Lunatic asylums Madras 1892-1911 - 1892-1911
Year: 1892
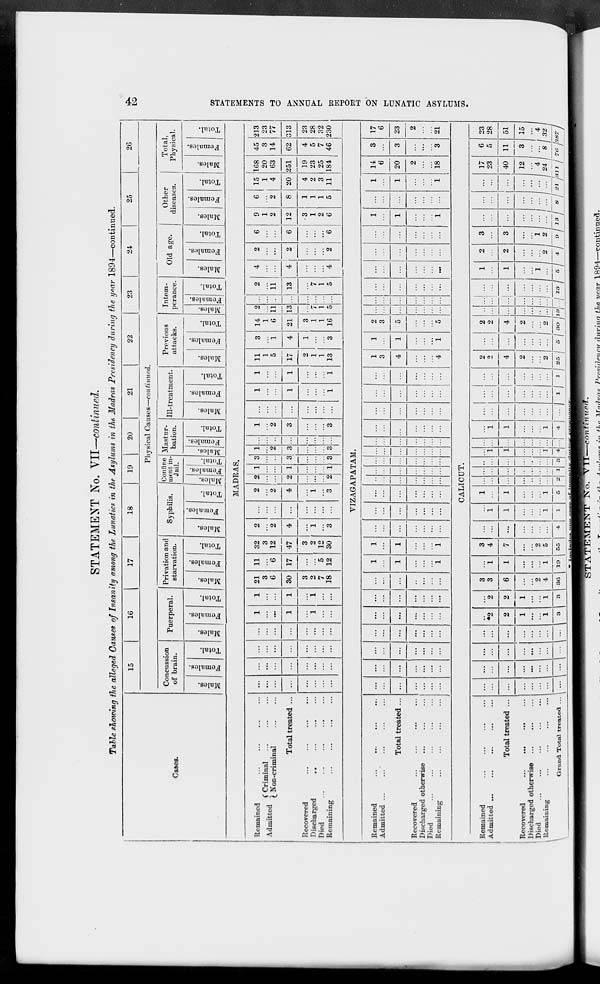
42
STATEMENTS TO ANNUAL REPORT ON LUNATIC ASYLUMS.
STATEMENT No. VII—continued.
Table showing the alleged Causes of Insanity among the Lunatics in the Asylums in the Madras Presidency during the year 1894—continued.
Cases.
15
16
17
18
19
20
21
22
23
24
25
26
Physical Causes—continued.
Concussion
of brain.
Males.
Females.
Total.
Puerperal.
Males.
Females.
Total.
Privation and
starvation.
Males.
Females.
Total.
Syphilis.
Males.
Females.
Total.
Confine
ment in-
Jail.
Males.
Females.
Total.
Mastur-
bation.
Males.
Females.
Total.
III-treatment.
Males.
Females.
Total.
Previous
attacks.
Males.
Females.
Total.
Intem-
perance.
Males.
Females.
Total.
Old age.
Males.
Females.
Total.
Other
diseases.
Males.
Females.
Total.
Total,
Physical.
Males.
Females.
Total.
MADRAS.
Remained ... ... ... ...
Admitted
Criminal ... ... ...
Non-criminal ... ...
Total treated ...
Recovered ... ... ... ...
Discharged ... ... ... ...
Died
...
...
...
...
...
Remaining ... ... ... ...
...
...
...
...
...
...
...
...
...
...
...
...
...
...
...
...
...
...
...
...
...
...
...
...
...
...
...
...
...
...
...
...
1
...
...
1
...
1
...
...
1
...
...
1
...
1
...
...
21
3
6
30
3
2
7
18
11
...
6
17
...
...
5
12
32
3
12
47
3
2
12
30
2
...
2
4
...
1
...
3
...
...
...
...
...
...
...
...
2
...
2
4
...
1
...
3
2
...
...
2
...
...
...
2
1
...
...
1
...
...
...
1
3
...
...
3
...
...
...
3
1
...
2
3
...
...
3
...
...
...
...
...
...
...
...
1
...
2
3
...
...
...
3
...
...
...
...
...
...
...
...
1
...
...
1
...
...
...
1
1
...
...
1
...
...
...
1
11
1
5
17
2
1
1
13
3
...
1
4
1
...
...
3
14
1
6
21
3
1
1
16
2
...
11
13
...
7
1
5
...
...
...
...
...
...
...
...
2
...
11
13
...
7
1
5
4
...
...
4
...
...
...
4
2
...
...
2
...
...
...
2
6
...
...
6
...
...
...
6
9
1
2
12
3
1
2
6
6
...
2
8
1
1
1
5
15
1
4
20
4
2
3
11
168
20
63
251
19
23
25
184
45
3
14
62
4
5
7
46
213
23
77
313
23
28
32
230
VIZAGAPATAM.
Remained ... ... ... ...
Admitted ... ... ... ... ...
Total treated ...
Recovered ... ... ... ...
Discharged otherwise ... ... ...
Died
...
...
...
...
...
Remaining ... ... ... ...
...
...
...
...
...
...
...
...
...
...
...
...
...
...
...
...
...
...
...
...
...
...
...
...
...
...
...
...
...
...
...
...
...
...
...
...
...
...
...
...
...
...
...
...
...
...
...
...
...
1
...
1
...
...
...
1
1
...
1
...
...
...
1
...
...
...
...
...
...
...
...
...
...
...
...
...
...
...
...
...
...
...
...
...
...
...
...
...
...
...
...
...
...
...
...
...
...
...
...
...
...
...
...
...
...
...
...
...
...
...
...
...
...
...
...
...
...
...
...
...
...
...
...
...
...
...
...
...
...
...
...
...
...
...
...
...
...
...
...
...
...
...
...
...
...
...
...
1
3
4
...
...
...
4
1
...
1
...
...
...
1
2
3
5
...
...
...
5
...
...
...
...
...
...
...
...
...
...
...
...
...
...
...
...
...
...
...
...
...
...
...
...
...
...
...
...
...
...
...
...
...
...
...
...
...
...
...
...
...
...
1
...
1
...
...
...
1
...
...
...
...
...
...
...
1
...
1
...
...
...
1
14
6
20
2
...
...
18
3
...
3
...
...
...
3
17
6
23
2
...
...
21
CALICUT.
Remained ... ... ... ...
Admitted ... ... ... ...
Total treated ...
Recovered ... ... ... ...
Discharged otherwise ... ... ...
Died ... ... ... ... ...
Remaining
...
...
...
...
Grand Total treated ...
...
...
...
...
...
...
...
...
...
...
...
...
...
...
...
...
...
...
...
...
...
...
...
...
...
...
...
...
...
...
...
...
...
*2
2
1
...
...
1
3
...
2
2
1
...
...
1
3
3
3
6
...
...
2
4
36
...
1
1
...
...
...
1
19
3
4
7
...
...
2
5
55
...
...
...
...
...
...
...
4
...
1
1
...
...
...
1
1
1
...
1
...
...
...
1
5
...
...
...
...
..
...
...
2
...
...
...
...
...
...
...
1
...
...
...
...
..
...
...
3
...
1
1
...
...
...
1
4
...
...
...
...
...
...
...
...
...
1
1
...
...
...
1
4
...
...
...
...
...
...
...
...
...
...
...
...
...
...
...
1
...
...
...
...
...
...
...
1
2
2
4
2
...
...
2
25
...
...
...
...
...
...
...
5
2
2
4
2
...
...
2
30
...
...
...
...
...
...
...
13
...
...
...
...
...
...
...
..
...
...
...
...
...
...
...
13
1
...
1
...
...
1
...
5
2
...
2
...
...
...
2
4
3
...
3
...
...
1
2
9
...
...
...
...
...
...
...
13
...
...
...
...
...
...
...
8
...
...
...
...
...
...
...
21
17
23
40
12
...
4
24
311
6
5
11
3
...
...
8
76
23
28
51
15
...
4
32
387